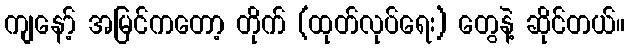
ကျနော့် အမြင်ကတော့ တိုက် (ထုတ်လုပ်ရေး) တွေနဲ့ ဆိုင်တယ်။